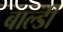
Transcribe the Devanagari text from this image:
बाल्डी